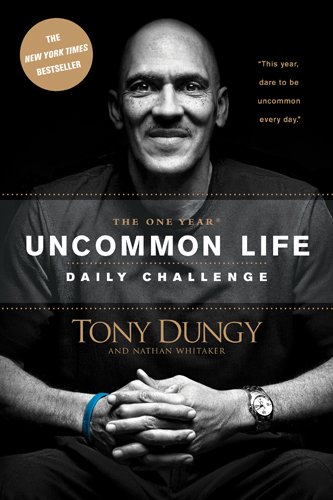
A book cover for The One Year Uncommon Life Daily Challenge; Tony Dungy; Christian Books & Bibles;